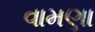
વામણા